Leaving Certificate Examination (including Day School Certificate (Higher) General paper), 1939
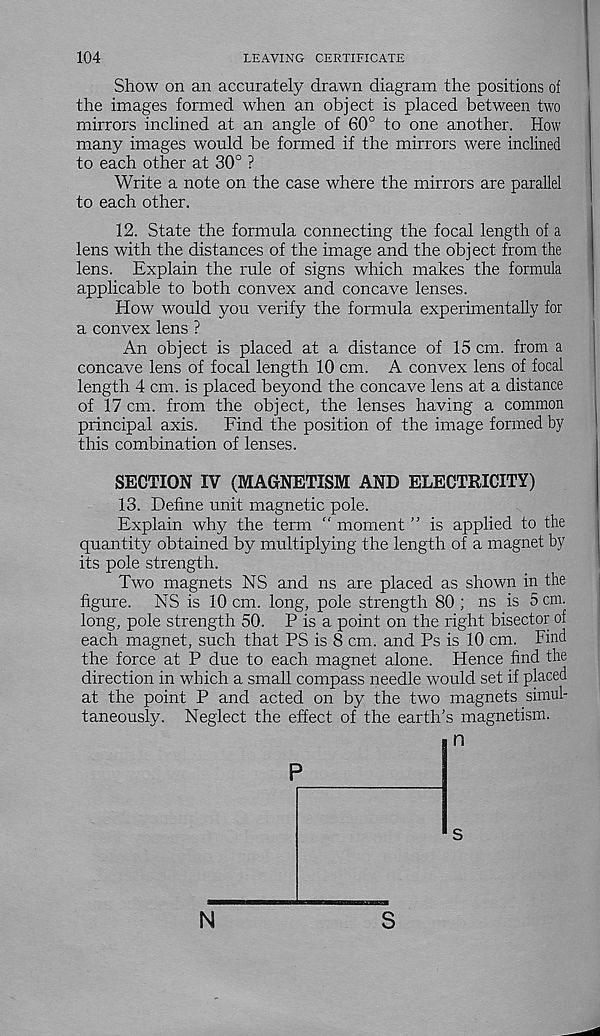
104
LEAVING CERTIFICATE
Show on an accurately drawn diagram the positions of
the images formed when an object is placed between two
mirrors inclined at an angle of 60° to one another. How
many images would be formed if the mirrors were inclined
to each other at 30° ?
Write a note on the case where the mirrors are parallel
to each other.
12. State the formula connecting the focal length of a
lens with the distances of the image and the object from the
lens. Explain the rule of signs which makes the formula
applicable to both convex and concave lenses.
How would you verify the formula experimentally for
a convex lens ?
An object is placed at a distance of 15 cm. from a
concave lens of focal length 10 cm. A convex lens of focal
length 4 cm. is placed beyond the concave lens at a distance
of 17 cm. from the object, the lenses having a common
principal axis.
Find the position of the image formed by
this combination of lenses.
SECTION IV (MAGNETISM AND ELECTRICITY)
13. Define unit magnetic pole.
Explain why the term “ moment ” is applied to the
quantity obtained by multiplying the length of a magnet by
its pole strength.
Two magnets NS and ns are placed as shown in the
figure. NS is 10 cm. long, pole strength 80 ; ns is 5 cm.
long, pole strength 50. P is a point on the right bisector of
each magnet, such that PS is 8 cm. and Ps is 10 cm. Find
the force at P due to each magnet alone. Hence find the
direction in which a small compass needle would set if placed
at the point P and acted on by the two magnets simul-
taneously. Neglect the effect of the earth’s magnetism.
n
N
S